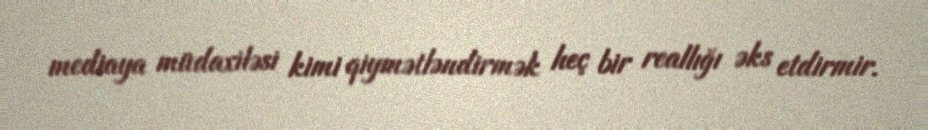
mediaya müdaxiləsi kimi qiymətləndirmək heç bir reallığı əks etdirmir.